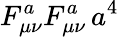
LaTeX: F_{\mu\nu}^{a}F_{\mu\nu}^{a}\, a^{4}